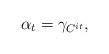
LaTeX: \begin{align*}\alpha_t=\gamma_{C^{ it}},\end{align*}